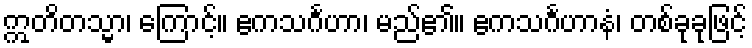
ဣတိတသ္မာ၊ ကြောင့်။ ဧကသင်္ဂဟာ၊ မည်၏။ ဧကသင်္ဂဟာနံ၊ တစ်ခုခုဖြင့်